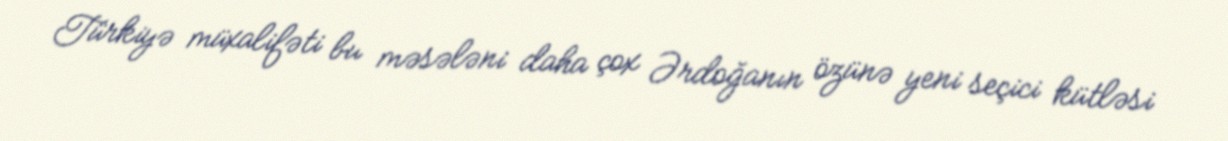
Türkiyə müxalifəti bu məsələni daha çox Ərdoğanın özünə yeni seçici kütləsi